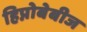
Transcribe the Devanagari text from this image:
हिप्नोबेबीज